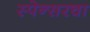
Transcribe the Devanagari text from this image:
स्पेन्सरचा